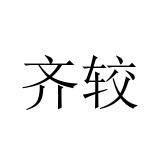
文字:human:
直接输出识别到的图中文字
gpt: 齐较